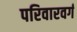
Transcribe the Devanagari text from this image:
परिवारवर्ग